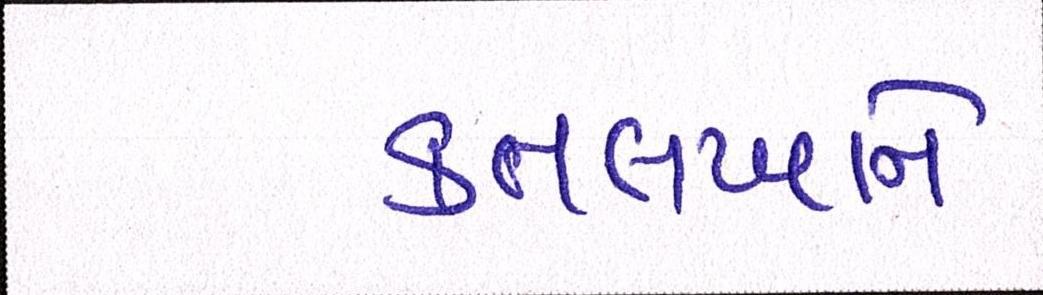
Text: કતલખાને